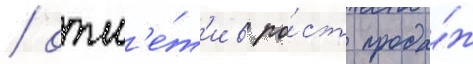
/ отм'е́т'ив ро́ст прода́ж